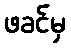
ဖခင်မှ